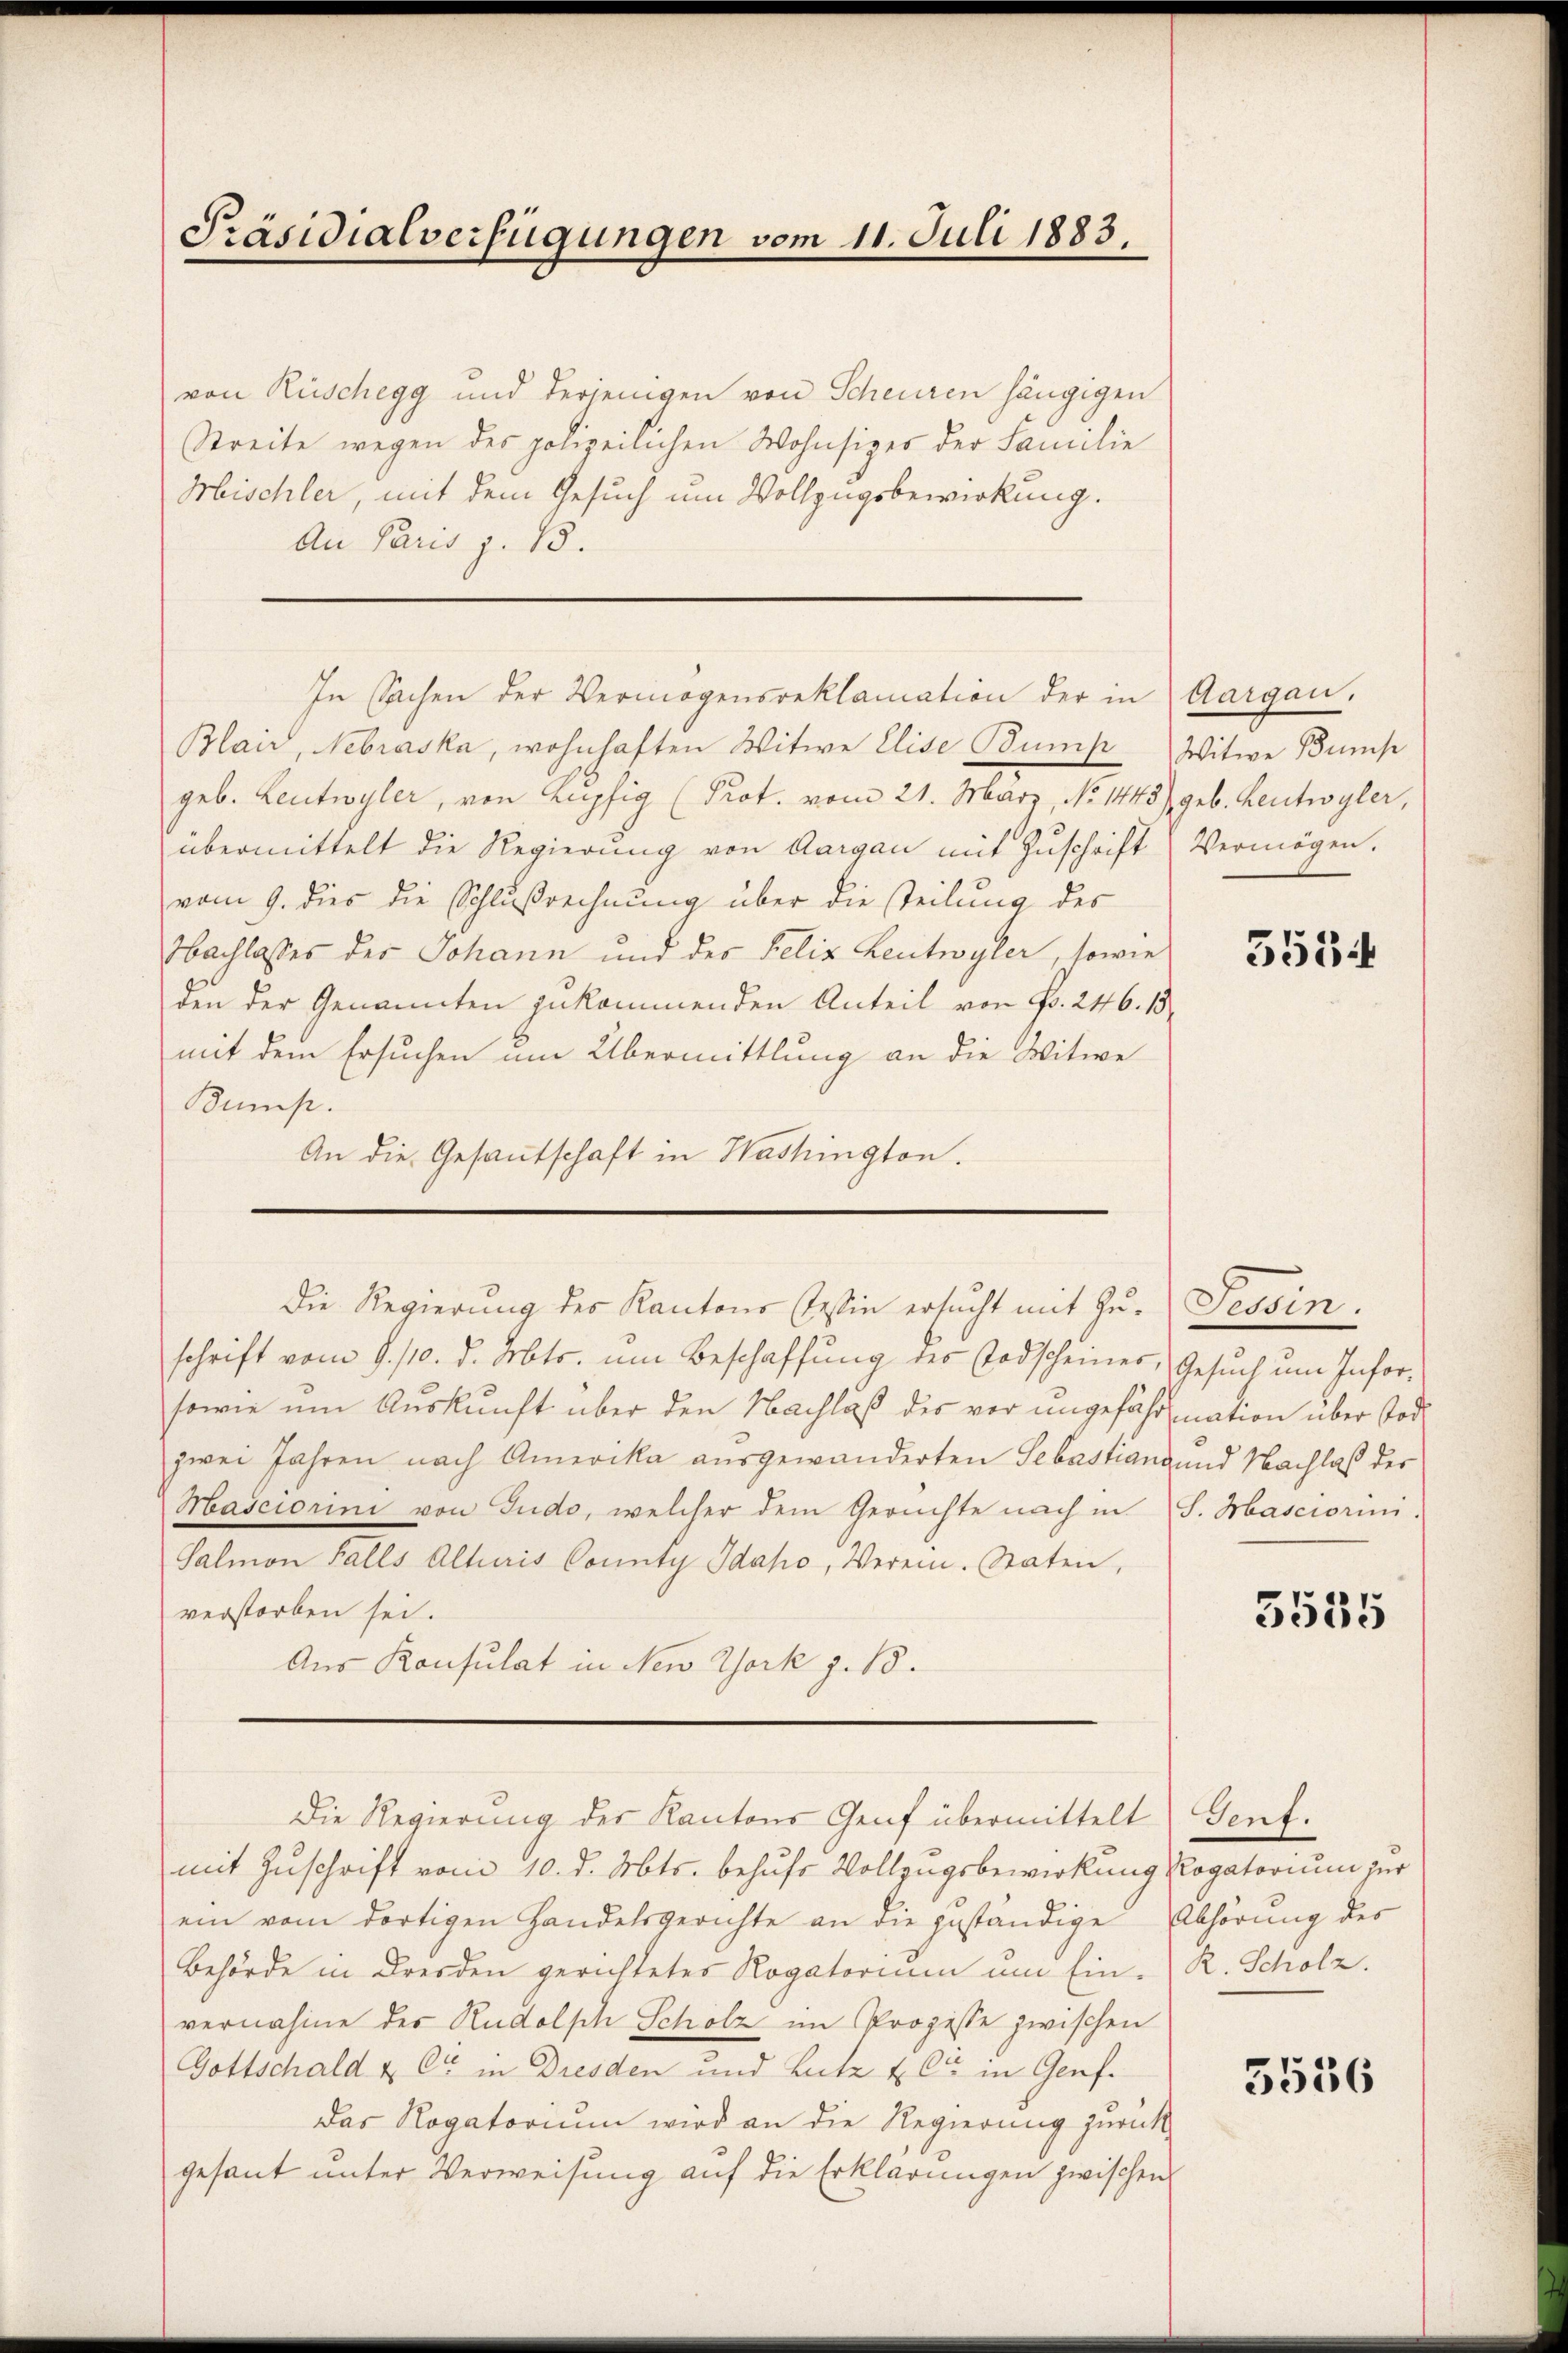
von Rüschegg und derjenigen von Scheuren hängigen
Streite wegen des polizeilichen Wohnsizes der Familie
Mischler, mit dem Gesuch um Vollzugsbewirkung.
An Paris z. 15.

Präsidialverfügungen vom 11. Juli 1883.

Blair, Nebraska, wohnhaften Witwe Elise Bump Witwe Bums
geb. Leutwyler, von Lupfig (Prot. vom 21. März, No 1443) geb. Heutwyler,
übermittelt die Regierung von Aargau mit Zŭschrift Vermögen.
vom 9. dies die Schlußrechnung über die steilung des
Nachlasses des Johann und des Felix Leutwyler, sowie
den der Genannten zukommenden Anteil von Fr. 246. 15
mit dem Ersuchen um Übermittlung an die Witwe
Bump.
An die Gesantschaft in Washington.
Die Regierung des Kantons Testin ersucht mit Zuschrift vom 9./10. d. Mts. um Beschaffung des Todscheines, Gesuch um Infor¬
sowie um Auskunft über den Nachlaß des vor ungefährmation über Tod.
zwei Jahren nach Amerika ausgewanderten Sebastiang und Nachlaß der
Masciorini von Judo, welcher dem Gerichte nach in S. Hasciorum.
Salmon Falls Alturis County Idako, Verein. Staten,
verstorben sei.
Aus Konsulat in New York z. 18.

In Sachen der Vermögensreklamation der in Aargau.

mit Zuschrift vom 10. d. Mts. behufs Vollzugsbewirkung Rogatorium zur
ein vom dortigen Handelsgerichte an die zuständige Abhörung des
Behörde in Dresden gerichteter Rogatorium um Ein-R. Scholz.
vernahme der Rudolph Scholz im Prozesse zwischen
Gottschald & Cie in Dresden und Lutz & Cie in Genf.
Das Rogatorium wird an die Regierung zurück-
gesant unter Verweisung auf die Erklärungen zwischen

Die Regierung des Kantons Genf übermittelt

5534

Jeden.

3535

Tent.

5536